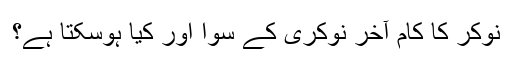
نوکر کا کام آخر نوکری کے سوا اور کیا ہوسکتا ہے؟